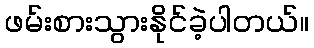
ဖမ်းစားသွားနိုင်ခဲ့ပါတယ်။